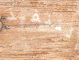
التنفيذ